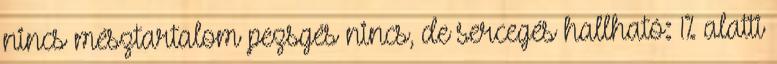
nincs mésztartalom pezsgés nincs, de sercegés hallható: 1% alatti